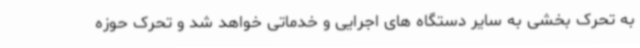
به تحرک بخشی به سایر دستگاه های اجرایی و خدماتی خواهد شد و تحرک حوزه